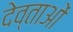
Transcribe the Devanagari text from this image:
देव्ताओं